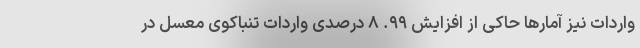
واردات نیز آمارها حاکی از افزایش ۹۹. ۸ درصدی واردات تنباکوی معسل در